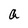
Character: a